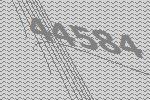
44584